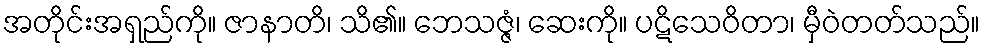
အတိုင်းအရှည်ကို။ ဇာနာတိ၊ သိ၏။ ဘေသဇ္ဇံ၊ ဆေးကို။ ပဋိသေဝိတာ၊ မှီဝဲတတ်သည်။